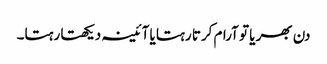
دن بھر یا تو آرام کرتا رہتا یا آئینہ دیکھتا رہتا۔